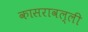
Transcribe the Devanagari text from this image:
कासरावल्ली